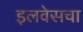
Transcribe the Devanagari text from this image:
इलवेसचा